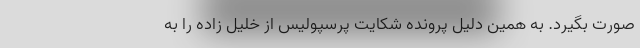
صورت بگیرد. به همین دلیل پرونده شکایت پرسپولیس از خلیل زاده را به